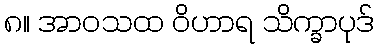
၈။ အာဝသထ ဝိဟာရ သိက္ခာပုဒ်